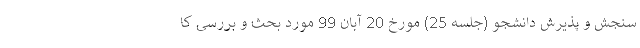
سنجش و پذیرش دانشجو (جلسه 25) مورخ 20 آبان 99 مورد بحث و بررسی کا